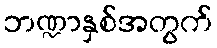
ဘဏ္ဍာနှစ်အတွက်